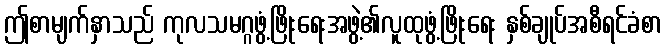
ဤစာမျက်နှာသည် ကုလသမဂ္ဂဖွံ့ဖြိုးရေးအဖွဲ့၏လူထုဖွံ့ဖြိုးရေး နှစ်ချုပ်အစီရင်ခံစာ